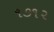
૧૭૧૨